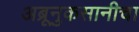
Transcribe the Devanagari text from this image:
अब्रूनुकसानीचा